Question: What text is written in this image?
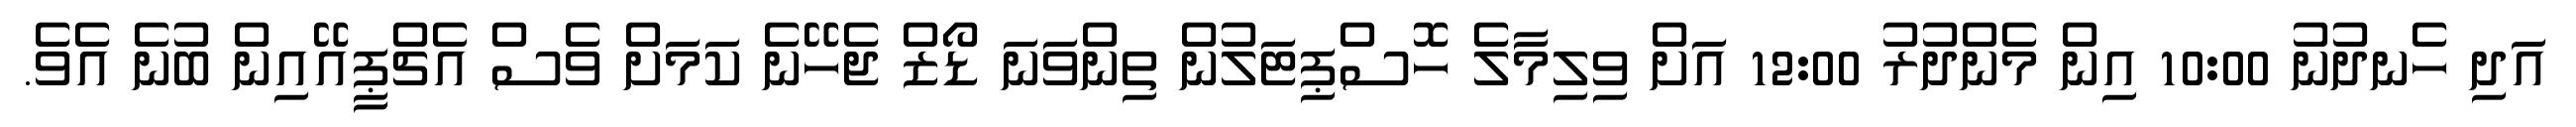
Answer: އަދި ހެނދުނު 10:00 އިން މެންދުރު 12:00 އަށް ވިލިމާލެ ހޮސްޕިޓަލުން ތިންވަނަ ޑޯޒް ޖެހޭނެ ކަމަށް ވެސް އެޗްޕީއޭއިން ބުނެ އެވެ.